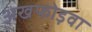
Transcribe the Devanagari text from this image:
अखफोड़वा